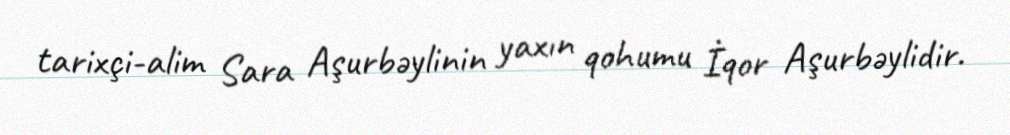
tarixçi-alim Sara Aşurbəylinin yaxın qohumu İqor Aşurbəylidir.